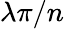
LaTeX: \lambda\pi/n